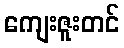
ကျေးဇူးတင်